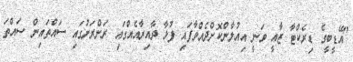
"އޭޑީބީގެ ޑިރެކްޓާ ޒާއީ ވަނީ އިއުލާންކޮށްދެއްވާފައި ފުޅާ ދާއިރާއެއްގައި ރަށްރަށުގައި ސައްތައިން ސައްތަ